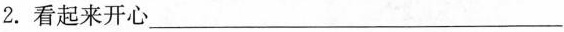
2. 看起来开心___